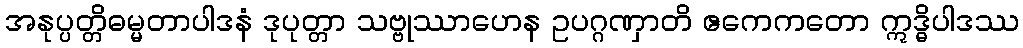
အနုပ္ပတ္တိဓမ္မတာပါဒနံ ဒုပုတ္တာ သဗ္ဗုဿာဟေန ဥပဂ္ဂဏှာတိ ဧကေကတော ဣဒ္ဓိပါဒဿ